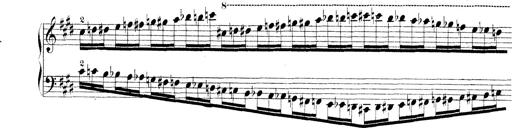
Title: Technische Studien
Composer: Franz Liszt